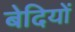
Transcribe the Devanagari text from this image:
बेदियों